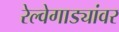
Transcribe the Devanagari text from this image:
रेल्वेगाड्यांवर